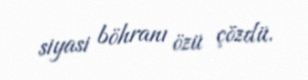
siyasi böhranı özü çözdü.